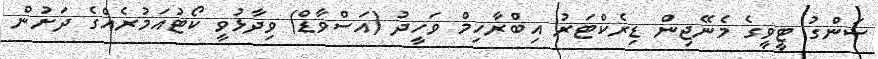
ސަންގު ޓީވީގެ މެނޭޖިން ޑިރެކްޓަރު އިބްރާހިމް ވަހީދު (އަސްވާޑް) ވިދާޅުވީ ކޯޓުއަމުރެއްގެ ދަށުން